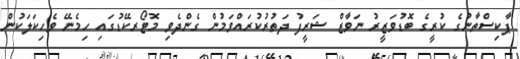
ޕާކިސްތާނުގެ ކުރީގެ ބޮޑުވަޒީރު ނަވާޒް ޝަރީފު ދަތުރުކުރައްވަމުން ގެންދެވި މޮޓޯރކޭޑުގައި ހިމެނޭ ވެހިކަލަކުން